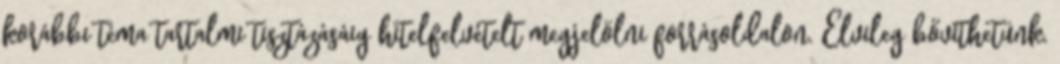
korábbi téma tartalmi tisztázásáig hitelfelvételt megjelölni forrásoldalon. Elvileg bővíthetünk,